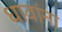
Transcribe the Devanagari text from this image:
धावांना